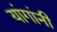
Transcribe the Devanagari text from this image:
यांगांनी